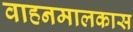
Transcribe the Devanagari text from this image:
वाहनमालकास